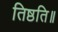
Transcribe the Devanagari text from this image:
तिष्ठति॥